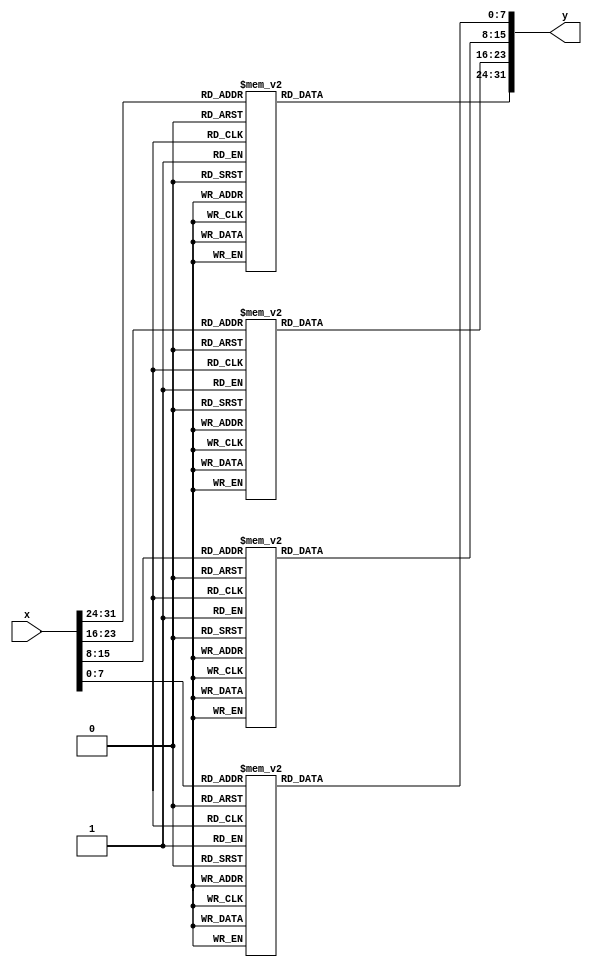
//Sbox
`timescale 1ns/1ns

module SubBytes (
input  [31:0]x ,
output [31:0] y);
  function [7:0] S;
  input    [7:0] i;
    case (i)
      0:S=99;   1:S=124;   2:S=119;   3:S=123;   4:S=242;   5:S=107;   6:S=111;   7:S=197;
      8:S=48;   9:S=1;  10:S=103;  11:S=43;  12:S=254;  13:S=215;  14:S=171;  15:S=118;
      16:S=202;  17:S=130;  18:S=201;  19:S=125;  20:S=250;  21:S=89;  22:S=71;  23:S=240;
      24:S=173;  25:S=212;  26:S=162;  27:S=175;  28:S=156;  29:S=164;  30:S=114;  31:S=192;
      32:S=183;  33:S=253;  34:S=147;  35:S=38;  36:S=54;  37:S=63;  38:S=247;  39:S=204;
      40:S=52;  41:S=165;  42:S=229;  43:S=241;  44:S=113;  45:S=216;  46:S=49;  47:S=21;
      48:S=4;  49:S=199;  50:S=35;  51:S=195;  52:S=24;  53:S=150;  54:S=5;  55:S=154;
      56:S=7;  57:S=18;  58:S=128;  59:S=226;  60:S=235;  61:S=39;  62:S=178;  63:S=117;
      64:S=9;  65:S=131;  66:S=44;  67:S=26;  68:S=27;  69:S=110;  70:S=90;  71:S=160;
      72:S=82;  73:S=59;  74:S=214;  75:S=179;  76:S=41;  77:S=227;  78:S=47;  79:S=132;
      80:S=83;  81:S=209;  82:S=0;  83:S=237;  84:S=32;  85:S=252;  86:S=177;  87:S=91;
      88:S=106;  89:S=203;  90:S=190;  91:S=57;  92:S=74;  93:S=76;  94:S=88;  95:S=207;
      96:S=208;  97:S=239;  98:S=170;  99:S=251; 100:S=67; 101:S=77; 102:S=51; 103:S=133;
      104:S=69; 105:S=249; 106:S=2; 107:S=127; 108:S=80; 109:S=60; 110:S=159; 111:S=168;
      112:S=81; 113:S=163; 114:S=64; 115:S=143; 116:S=146; 117:S=157; 118:S=56; 119:S=245;
      120:S=188; 121:S=182; 122:S=218; 123:S=33; 124:S=16; 125:S=255; 126:S=243; 127:S=210;
      128:S=205; 129:S=12; 130:S=19; 131:S=236; 132:S=95; 133:S=151; 134:S=68; 135:S=23;
      136:S=196; 137:S=167; 138:S=126; 139:S=61; 140:S=100; 141:S=93; 142:S=25; 143:S=115;
      144:S=96; 145:S=129; 146:S=79; 147:S=220; 148:S=34; 149:S=42; 150:S=144; 151:S=136;
      152:S=70; 153:S=238; 154:S=184; 155:S=20; 156:S=222; 157:S=94; 158:S=11; 159:S=219;
      160:S=224; 161:S=50; 162:S=58; 163:S=10; 164:S=73; 165:S=6; 166:S=36; 167:S=92;
      168:S=194; 169:S=211; 170:S=172; 171:S=98; 172:S=145; 173:S=149; 174:S=228; 175:S=121;
      176:S=231; 177:S=200; 178:S=55; 179:S=109; 180:S=141; 181:S=213; 182:S=78; 183:S=169;
      184:S=108; 185:S=86; 186:S=244; 187:S=234; 188:S=101; 189:S=122; 190:S=174; 191:S=8;
      192:S=186; 193:S=120; 194:S=37; 195:S=46; 196:S=28; 197:S=166; 198:S=180; 199:S=198;
      200:S=232; 201:S=221; 202:S=116; 203:S=31; 204:S=75; 205:S=189; 206:S=139; 207:S=138;
      208:S=112; 209:S=62; 210:S=181; 211:S=102; 212:S=72; 213:S=3; 214:S=246; 215:S=14;
      216:S=97; 217:S=53; 218:S=87; 219:S=185; 220:S=134; 221:S=193; 222:S=29; 223:S=158;
      224:S=225; 225:S=248; 226:S=152; 227:S=17; 228:S=105; 229:S=217; 230:S=142; 231:S=148;
      232:S=155; 233:S=30; 234:S=135; 235:S=233; 236:S=206; 237:S=85; 238:S=40; 239:S=223;
      240:S=140; 241:S=161; 242:S=137; 243:S=13; 244:S=191; 245:S=230; 246:S=66; 247:S=104;
      248:S=65; 249:S=153; 250:S=45; 251:S=15; 252:S=176; 253:S=84; 254:S=187; 255:S=22;
    endcase
  endfunction
    assign y = {S(x[31:24]), S(x[23:16]), S(x[15: 8]), S(x[ 7: 0])};
endmodule
  
  module InvSubBytes (input  [31:0] x,
  output [31:0] y);
  function [7:0] S;
  input    [7:0] i;
    case (i)
      0:S=82;   1:S=9;   2:S=106;   3:S=213;   4:S=48;   5:S=54;   6:S=165;   7:S=56;
      8:S=191;   9:S=64;  10:S=163;  11:S=158;  12:S=129;  13:S=243;  14:S=215;  15:S=251;
      16:S=124;  17:S=227;  18:S=57;  19:S=130;  20:S=155;  21:S=47;  22:S=255;  23:S=135;
      24:S=52;  25:S=142;  26:S=67;  27:S=68;  28:S=196;  29:S=222;  30:S=233;  31:S=203;
      32:S=84;  33:S=123;  34:S=148;  35:S=50;  36:S=166;  37:S=194;  38:S=35;  39:S=61;
      40:S=238;  41:S=76;  42:S=149;  43:S=11;  44:S=66;  45:S=250;  46:S=195;  47:S=78;
      48:S=8;  49:S=46;  50:S=161;  51:S=102;  52:S=40;  53:S=217;  54:S=36;  55:S=178;
      56:S=118;  57:S=91;  58:S=162;  59:S=73;  60:S=109;  61:S=139;  62:S=209;  63:S=37;
      64:S=114;  65:S=248;  66:S=246;  67:S=100;  68:S=134;  69:S=104;  70:S=152;  71:S=22;
      72:S=212;  73:S=164;  74:S=92;  75:S=204;  76:S=93;  77:S=101;  78:S=182;  79:S=146;
      80:S=108;  81:S=112;  82:S=72;  83:S=80;  84:S=253;  85:S=237;  86:S=185;  87:S=218;
      88:S=94;  89:S=21;  90:S=70;  91:S=87;  92:S=167;  93:S=141;  94:S=157;  95:S=132;
      96:S=144;  97:S=216;  98:S=171;  99:S=0; 100:S=140; 101:S=188; 102:S=211; 103:S=10;
      104:S=247; 105:S=228; 106:S=88; 107:S=5; 108:S=184; 109:S=179; 110:S=69; 111:S=6;
      112:S=208; 113:S=44; 114:S=30; 115:S=143; 116:S=202; 117:S=63; 118:S=15; 119:S=2;
      120:S=193; 121:S=175; 122:S=189; 123:S=3; 124:S=1; 125:S=19; 126:S=138; 127:S=107;
      128:S=58; 129:S=145; 130:S=17; 131:S=65; 132:S=79; 133:S=103; 134:S=220; 135:S=234;
      136:S=151; 137:S=242; 138:S=207; 139:S=206; 140:S=240; 141:S=180; 142:S=230; 143:S=115;
      144:S=150; 145:S=172; 146:S=116; 147:S=34; 148:S=231; 149:S=173; 150:S=53; 151:S=133;
      152:S=226; 153:S=249; 154:S=55; 155:S=232; 156:S=28; 157:S=117; 158:S=223; 159:S=110;
      160:S=71; 161:S=241; 162:S=26; 163:S=113; 164:S=29; 165:S=41; 166:S=197; 167:S=137;
      168:S=111; 169:S=183; 170:S=98; 171:S=14; 172:S=170; 173:S=24; 174:S=190; 175:S=27;
      176:S=252; 177:S=86; 178:S=62; 179:S=75; 180:S=198; 181:S=210; 182:S=121; 183:S=32;
      184:S=154; 185:S=219; 186:S=192; 187:S=254; 188:S=120; 189:S=205; 190:S=90; 191:S=244;
      192:S=31; 193:S=221; 194:S=168; 195:S=51; 196:S=136; 197:S=7; 198:S=199; 199:S=49;
      200:S=177; 201:S=18; 202:S=16; 203:S=89; 204:S=39; 205:S=128; 206:S=236; 207:S=95;
      208:S=96; 209:S=81; 210:S=127; 211:S=169; 212:S=25; 213:S=181; 214:S=74; 215:S=13;
      216:S=45; 217:S=229; 218:S=122; 219:S=159; 220:S=147; 221:S=201; 222:S=156; 223:S=239;
      224:S=160; 225:S=224; 226:S=59; 227:S=77; 228:S=174; 229:S=42; 230:S=245; 231:S=176;
      232:S=200; 233:S=235; 234:S=187; 235:S=60; 236:S=131; 237:S=83; 238:S=153; 239:S=97;
      240:S=23; 241:S=43; 242:S=4; 243:S=126; 244:S=186; 245:S=119; 246:S=214; 247:S=38;
      248:S=225; 249:S=105; 250:S=20; 251:S=99; 252:S=85; 253:S=33; 254:S=12; 255:S=125; 
    endcase
  endfunction

  assign y = {S(x[31:24]), S(x[23:16]), S(x[15: 8]), S(x[ 7: 0])};
endmodule

module MixColumns(  
input  [31:0]  x,
output [31:0]  y);
  wire [7:0] a3, a2, a1, a0, b3, b2, b1, b0;
  assign a3 = x[31:24];
  assign a2 = x[23:16];
  assign a1 = x[15: 8];
  assign a0 = x[ 7: 0];
  
  assign b3 = a3 ^ a2;
  assign b2 = a2 ^ a1;
  assign b1 = a1 ^ a0;
  assign b0 = a0 ^ a3;
  
  assign y = {a2[7] ^ b1[7] ^ b3[6],
              a2[6] ^ b1[6] ^ b3[5],
              a2[5] ^ b1[5] ^ b3[4],
              a2[4] ^ b1[4] ^ b3[3] ^ b3[7],
              a2[3] ^ b1[3] ^ b3[2] ^ b3[7],
              a2[2] ^ b1[2] ^ b3[1],
              a2[1] ^ b1[1] ^ b3[0] ^ b3[7],
              a2[0] ^ b1[0] ^ b3[7],
              a3[7] ^ b1[7] ^ b2[6],
              a3[6] ^ b1[6] ^ b2[5],
              a3[5] ^ b1[5] ^ b2[4],
              a3[4] ^ b1[4] ^ b2[3] ^ b2[7],
              a3[3] ^ b1[3] ^ b2[2] ^ b2[7],
              a3[2] ^ b1[2] ^ b2[1],
              a3[1] ^ b1[1] ^ b2[0] ^ b2[7],
              a3[0] ^ b1[0] ^ b2[7],
              a0[7] ^ b3[7] ^ b1[6],
              a0[6] ^ b3[6] ^ b1[5],
              a0[5] ^ b3[5] ^ b1[4],
              a0[4] ^ b3[4] ^ b1[3] ^ b1[7],
              a0[3] ^ b3[3] ^ b1[2] ^ b1[7],
              a0[2] ^ b3[2] ^ b1[1],
              a0[1] ^ b3[1] ^ b1[0] ^ b1[7],
              a0[0] ^ b3[0] ^ b1[7],
              a1[7] ^ b3[7] ^ b0[6],
              a1[6] ^ b3[6] ^ b0[5],
              a1[5] ^ b3[5] ^ b0[4],
              a1[4] ^ b3[4] ^ b0[3] ^ b0[7],
              a1[3] ^ b3[3] ^ b0[2] ^ b0[7],
              a1[2] ^ b3[2] ^ b0[1],
              a1[1] ^ b3[1] ^ b0[0] ^ b0[7],
              a1[0] ^ b3[0] ^ b0[7]};
endmodule

module InvMixColumns(  
input  [31:0]  x,
output [31:0]  y);
  wire [7:0] a3, a2, a1, a0, b3, b2, b1, b0;
  wire [7:0] c3, c2, c1, c0, d3, d2, d1, d0;

  assign a3 = x[31:24];
  assign a2 = x[23:16];
  assign a1 = x[15: 8];
  assign a0 = x[ 7: 0];

  assign b3 = a3 ^ a2;
  assign b2 = a2 ^ a1;
  assign b1 = a1 ^ a0;
  assign b0 = a0 ^ a3;

  assign c3 = {a2[7] ^ b1[7] ^ b3[6],
               a2[6] ^ b1[6] ^ b3[5],
               a2[5] ^ b1[5] ^ b3[4],
               a2[4] ^ b1[4] ^ b3[3] ^ b3[7],
               a2[3] ^ b1[3] ^ b3[2] ^ b3[7],
               a2[2] ^ b1[2] ^ b3[1],
               a2[1] ^ b1[1] ^ b3[0] ^ b3[7],
               a2[0] ^ b1[0] ^ b3[7]};
  assign c2 = {a3[7] ^ b1[7] ^ b2[6],
               a3[6] ^ b1[6] ^ b2[5],
               a3[5] ^ b1[5] ^ b2[4],
               a3[4] ^ b1[4] ^ b2[3] ^ b2[7],
               a3[3] ^ b1[3] ^ b2[2] ^ b2[7],
               a3[2] ^ b1[2] ^ b2[1],
               a3[1] ^ b1[1] ^ b2[0] ^ b2[7],
               a3[0] ^ b1[0] ^ b2[7]};
  assign c1 = {a0[7] ^ b3[7] ^ b1[6],
               a0[6] ^ b3[6] ^ b1[5],
               a0[5] ^ b3[5] ^ b1[4],
               a0[4] ^ b3[4] ^ b1[3] ^ b1[7],
               a0[3] ^ b3[3] ^ b1[2] ^ b1[7],
               a0[2] ^ b3[2] ^ b1[1],
               a0[1] ^ b3[1] ^ b1[0] ^ b1[7],
               a0[0] ^ b3[0] ^ b1[7]};
  assign c0 = {a1[7] ^ b3[7] ^ b0[6],
               a1[6] ^ b3[6] ^ b0[5],
               a1[5] ^ b3[5] ^ b0[4],
               a1[4] ^ b3[4] ^ b0[3] ^ b0[7],
               a1[3] ^ b3[3] ^ b0[2] ^ b0[7],
               a1[2] ^ b3[2] ^ b0[1],
               a1[1] ^ b3[1] ^ b0[0] ^ b0[7],
               a1[0] ^ b3[0] ^ b0[7]};
  assign d3 = {c3[5], c3[4], c3[3] ^ c3[7], c3[2] ^ c3[7] ^ c3[6],
               c3[1] ^ c3[6], c3[0] ^ c3[7], c3[7] ^ c3[6], c3[6]};
  assign d2 = {c2[5], c2[4], c2[3] ^ c2[7], c2[2] ^ c2[7] ^ c2[6],
               c2[1] ^ c2[6], c2[0] ^ c2[7], c2[7] ^ c2[6], c2[6]};
  assign d1 = {c1[5], c1[4], c1[3] ^ c1[7], c1[2] ^ c1[7] ^ c1[6],
               c1[1] ^ c1[6], c1[0] ^ c1[7], c1[7] ^ c1[6], c1[6]};
  assign d0 = {c0[5], c0[4], c0[3] ^ c0[7], c0[2] ^ c0[7] ^ c0[6],
               c0[1] ^ c0[6], c0[0] ^ c0[7], c0[7] ^ c0[6], c0[6]};
  assign y  = {d3 ^ d1 ^ c3, d2 ^ d0 ^ c2, d3 ^ d1 ^ c1, d2 ^ d0 ^ c0};
  
endmodule


//Encryotion Core
module EncCore(
  input  [127:0] din,
  input  [127:0] kin,
  input  [9:0]   Rrg,
  output [127:0] dout,
  output [127:0] kout);

  wire   [127:0] sb, sr, mx;
  wire   [31:0]  so;

  SubBytes SB3 (din[127:96], sb[127:96]);
  SubBytes SB2 (din[ 95:64], sb[ 95:64]);
  SubBytes SB1 (din[ 63:32], sb[ 63:32]);
  SubBytes SB0 (din[ 31: 0], sb[ 31: 0]);

  assign sr = {sb[127:120], sb[ 87: 80], sb[ 47: 40], sb[  7:  0],
               sb[ 95: 88], sb[ 55: 48], sb[ 15:  8], sb[103: 96],
               sb[ 63: 56], sb[ 23: 16], sb[111:104], sb[ 71: 64],
               sb[ 31: 24], sb[119:112], sb[ 79: 72], sb[ 39: 32]};

  MixColumns MX3 (sr[127:96], mx[127:96]);
  MixColumns MX2 (sr[ 95:64], mx[ 95:64]);
  MixColumns MX1 (sr[ 63:32], mx[ 63:32]);
  MixColumns MX0 (sr[ 31: 0], mx[ 31: 0]);

  assign dout = ((Rrg[0] == 1)? sr: mx) ^ kin;

  function [7:0] rcon;
  input [9:0] x;
    casex (x)
      10'bxxxxxxxxx1: rcon = 8'h01;
      10'bxxxxxxxx1x: rcon = 8'h02;
      10'bxxxxxxx1xx: rcon = 8'h04;
      10'bxxxxxx1xxx: rcon = 8'h08;
      10'bxxxxx1xxxx: rcon = 8'h10;
      10'bxxxx1xxxxx: rcon = 8'h20;
      10'bxxx1xxxxxx: rcon = 8'h40;
      10'bxx1xxxxxxx: rcon = 8'h80;
      10'bx1xxxxxxxx: rcon = 8'h1b;
      10'b1xxxxxxxxx: rcon = 8'h36;
    endcase
  endfunction

  SubBytes SBK ({kin[23:16], kin[15:8], kin[7:0], kin[31:24]}, so);

  assign kout[127:96] = kin[127:96] ^ {so[31:24] ^ rcon(Rrg), so[23: 0]};
  assign kout[ 95:64] = kin[ 95:64] ^ kout[127:96];
  assign kout[ 63:32] = kin[ 63:32] ^ kout[ 95:64];
  assign kout[ 31: 0] = kin[ 31: 0] ^ kout[ 63:32];
endmodule


//Decryotion Core
module DecCore(
  input  [127:0] din,
  input  [127:0] kin,
  input  [9:0]   Rrg,
  output [127:0] dout,
  output [127:0] kout);
  wire   [127:0] sb, sr, mx, dx;
  wire   [31:0]  so;

  InvMixColumns MX3 (din[127:96], mx[127:96]);
  InvMixColumns MX2 (din[ 95:64], mx[ 95:64]);
  InvMixColumns MX1 (din[ 63:32], mx[ 63:32]);
  InvMixColumns MX0 (din[ 31: 0], mx[ 31: 0]);

  assign dx = (Rrg[8] == 1)? din: mx;
  assign sr = {dx[127:120], dx[ 23: 16], dx[ 47: 40], dx[ 71: 64],
               dx[ 95: 88], dx[119:112], dx[ 15:  8], dx[ 39: 32],
               dx[ 63: 56], dx[ 87: 80], dx[111:104], dx[  7:  0],
               dx[ 31: 24], dx[ 55: 48], dx[ 79: 72], dx[103: 96]};

  InvSubBytes SB3 (sr[127:96], sb[127:96]);
  InvSubBytes SB2 (sr[ 95:64], sb[ 95:64]);
  InvSubBytes SB1 (sr[ 63:32], sb[ 63:32]);
  InvSubBytes SB0 (sr[ 31: 0], sb[ 31: 0]);

  assign dout = sb ^ kin;

  function [7:0] rcon;
  input [9:0] x;
    casex (x)
      10'bxxxxxxxxx1: rcon = 8'h01;
      10'bxxxxxxxx1x: rcon = 8'h02;
      10'bxxxxxxx1xx: rcon = 8'h04;
      10'bxxxxxx1xxx: rcon = 8'h08;
      10'bxxxxx1xxxx: rcon = 8'h10;
      10'bxxxx1xxxxx: rcon = 8'h20;
      10'bxxx1xxxxxx: rcon = 8'h40;
      10'bxx1xxxxxxx: rcon = 8'h80;
      10'bx1xxxxxxxx: rcon = 8'h1b;
      10'b1xxxxxxxxx: rcon = 8'h36;
    endcase
  endfunction

  SubBytes SBK ({kout[23:16], kout[15:8], kout[7:0], kout[31:24]}, so);
  assign kout[127:96] = kin[127:96] ^ {so[31:24] ^ rcon(Rrg), so[23: 0]};
  assign kout[ 95:64] = kin[ 95:64] ^ kin[127:96];
  assign kout[ 63:32] = kin[ 63:32] ^ kin[ 95:64];
  assign kout[ 31: 0] = kin[ 31: 0] ^ kin[ 63:32];
endmodule

module AES_ENC(input  [127:0] Din, 
  input  [127:0] Key, 
  output [127:0] Dout,
  input  Datardy,         
  input  Keyrdy,         
  input  RST,        
  input  EN,           
  input  CLK,          
  output BSY,          
  output Dvld);
     
  
  reg  [127:0] Dreg;    
  reg  [127:0] Kreg;    
  reg  [127:0] KregX;   
  reg  [9:0]   Rreg;    
  reg  Dvldreg, BSYreg;
  wire [127:0] Dnext, Knext;
  
  EncCore core (Dreg, KregX, Rreg, Dnext, Knext);
  assign Dvld = Dvldreg;
  assign Dout = Dreg;
  assign BSY  = BSYreg;
  always @(posedge CLK) begin
    if (RST == 0) begin
      Rreg    <= 10'b0000000001;
      Dvldreg <= 0;
      BSYreg  <= 0;
    end
    else if (EN == 1) begin
       if (BSYreg == 0) begin
        if (Keyrdy == 1) begin
          Kreg    <= Key;
          KregX   <= Key;
          Dvldreg <= 0;
        end
        else if (Datardy == 1) begin
          Rreg    <= {Rreg[8:0], Rreg[9]};
          KregX   <= Knext;
          Dreg    <= Din ^ Kreg;
          Dvldreg <= 0;
          BSYreg  <= 1;
        end
      end
      
      else begin
        Dreg <= Dnext;
        if (Rreg[0] == 1) begin
          KregX   <= Kreg;
          Dvldreg <= 1;
          BSYreg  <= 0;
        end
        else begin
          Rreg    <= {Rreg[8:0], Rreg[9]};
          KregX   <= Knext;
        end
      end
      
    end
    
  end
endmodule




module AES_DEC(
  input  [127:0] Din,  
  input  [127:0] Key, 
  output [127:0] Dout, 
  input  Datardy,        
  input  Keyrdy,        
  input  RST,        
  input  EN,           
  input  CLK,         
  output BSY,         
  output Dvld);         
  
  reg  [127:0] Dreg;    
  reg  [127:0] Kreg;    
  reg  [127:0] KregX;   
  reg  [9:0]   Rreg;    
  reg  Dvldreg, BSYreg;
  wire [127:0] Dnext, Knext;
  
  DecCore DC (Dreg, KregX, Rreg, Dnext, Knext);
  
  assign Dvld = Dvldreg;
  assign Dout = Dreg;
  assign BSY  = BSYreg;
  
  always @(posedge CLK) begin
    if (RST == 0) begin
      Rreg    <= 10'b1000000000;
      Dvldreg <= 0;
      BSYreg  <= 0;
    end
    else if (EN == 1) begin
       if (BSYreg == 0) begin
        if (Keyrdy == 1) begin
          Kreg    <= Key;
          KregX   <= Key;
          Dvldreg <= 0;
        end
        else if (Datardy == 1) begin
          Rreg    <= {Rreg[0], Rreg[9:1]};
          KregX   <= Knext;
          Dreg    <= Din ^ Kreg;
          Dvldreg <= 0;
          BSYreg  <= 1;
        end
      end
      
      else begin
        Dreg <= Dnext;
        if (Rreg[9] == 1) begin
          KregX   <= Kreg;
          Dvldreg <= 1;
          BSYreg  <= 0;
        end
        else begin
          Rreg    <= {Rreg[0], Rreg[9:1]};
          KregX   <= Knext;
        end
      end
      
    end
    
  end
endmodule

module AES_CH(input  [127:0] Din, 
  input  [127:0] Key,
  output [127:0] Dout,
  input  Datardy,      
  input  Keyrdy,        
  input  RST,
  input  EN,
  input  MODE,  
  input  CLK,          
  output BSY,    
  output Dvld);
wire [127:0] Dout_E;
wire [127:0] Dout_D;
reg [127:0] Dreg;
reg EN_E;
reg EN_D;
AES_ENC AES_ENC(Din,Key,Dout_E,Datardy,Keyrdy,RST,EN_E,CLK,BSY,Dvld);
AES_DEC AES_DEC(Din,Key,Dout_D,Datardy,Keyrdy,RST,EN_D,CLK,BSY,Dvld);
assign Dout = Dreg;
//MODE 0 = ENC,1 = DEC
always @(*) begin
EN_E <= (EN & (!MODE));
EN_D <= (EN & (MODE));
if (MODE==0) begin
Dreg = Dout_E;
end
else if (MODE==1) begin
Dreg = Dout_D;
end
end

endmodule